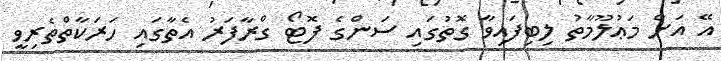
އޭ އަށް މަޢުލޫމާތު ލިބިފައިވާ ގޮތުގައި ސަންގެ ފޮޓޯ ގްރާފަރު އެތާގައި ހަރަކާތްތެރިވީ